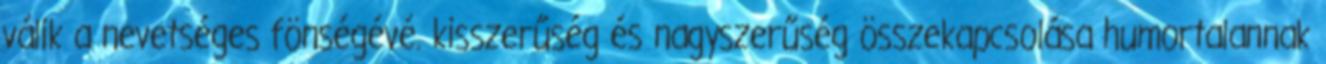
válik a nevetséges fönségévé. kisszerűség és nagyszerűség összekapcsolása humortalannak